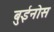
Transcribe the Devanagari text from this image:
बुईनोस